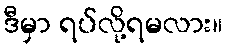
ဒီမှာ ရပ်လို့ရမလား။